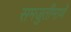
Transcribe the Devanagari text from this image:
समजुतीमाणे